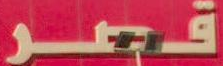
قصر